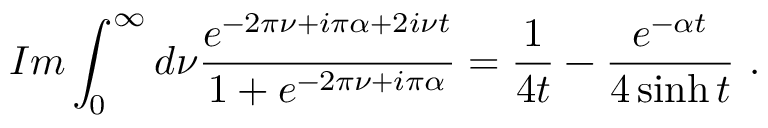
I m \int _ { 0 } ^ { \infty } d \nu \frac { e ^ { - 2 \pi \nu + i \pi \alpha + 2 i \nu t } } { 1 + e ^ { - 2 \pi \nu + i \pi \alpha } } = \frac { 1 } { 4 t } - \frac { e ^ { - \alpha t } } { 4 \sinh t } \ .